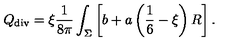
{ Q } _ { \tiny \mathrm { d i v } } = \xi { \frac { 1 } { 8 \pi } } \int _ { \Sigma } \left[ b + a \left( \frac 1 6 - \xi \right) R \right] .